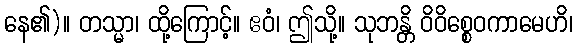
နေ၏)။ တသ္မာ၊ ထို့ကြောင့်။ ဧဝံ၊ ဤသို့။ သုဘန္တိ ဝိဝိစ္စေဝကာမေဟိ၊